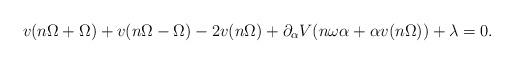
LaTeX: \begin{align*} v(n \Omega + \Omega) +v(n \Omega - \Omega)- 2 v(n \Omega) + \partial_\alpha V(n \omega \alpha + \alpha v(n \Omega)) +\lambda = 0.\end{align*}